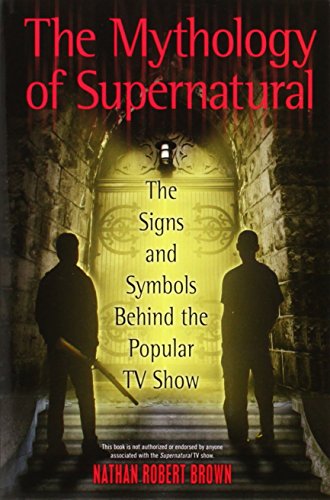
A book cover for The Mythology of Supernatural: The Signs and Symbols Behind the Popular TV Show; Nathan Robert Brown; Humor & Entertainment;